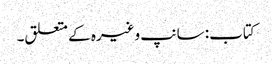
کتاب: سانپ وغیرہ کے متعلق۔